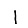
Digit: 1